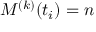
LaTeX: M ^ { ( k ) } ( t _ { i } ) = n